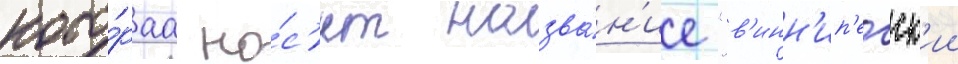
кото́раа но́с'ит назва́н'ие "в'инн'ип'егск'ии